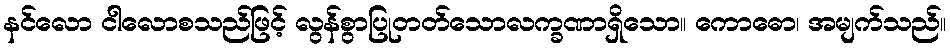
နင်လော ငါလောစသည်ဖြင့် လွန်စွာပြုတတ်သောလက္ခဏာရှိသော။ ကောဓော၊ အမျက်သည်။